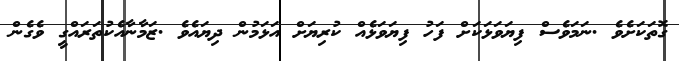
ގޮތަކަށެވެ .ނަމަވެސް ފިޔަވަޅަކަށް ފަހު ފިޔަވަޅެއް ކުރިޔަށް އަޅަމުން ދިޔައެވެ .ޒަމާނާއެކުތަރައްގީ ވެގެން